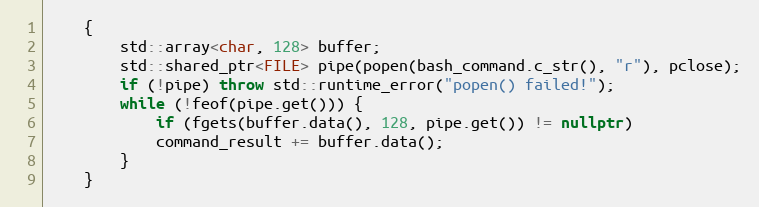
Language: C++
    {
	    std::array<char, 128> buffer;
	    std::shared_ptr<FILE> pipe(popen(bash_command.c_str(), "r"), pclose);
	    if (!pipe) throw std::runtime_error("popen() failed!");
	    while (!feof(pipe.get())) {
	        if (fgets(buffer.data(), 128, pipe.get()) != nullptr)
	        command_result += buffer.data();
	    }
	}